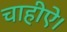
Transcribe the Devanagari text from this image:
चाहीऐ।